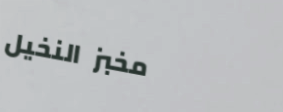
مخبز النخيل